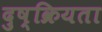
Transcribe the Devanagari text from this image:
दुष्क्रियता